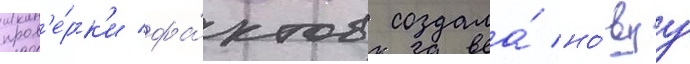
пров'е́рк'и фа́ктов создала́ но́вуу